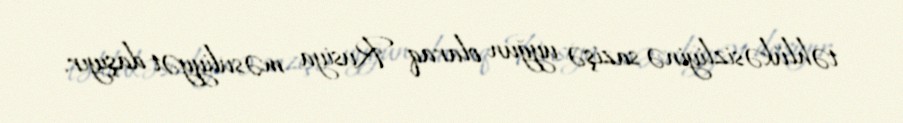
təhlükəsizliyinə sazişə uyğun olaraq Rusiya məsuliyyət daşıyır.